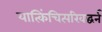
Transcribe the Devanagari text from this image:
यात्किंचित्परिवद्धर्न